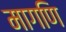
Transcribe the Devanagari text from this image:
मागणि